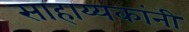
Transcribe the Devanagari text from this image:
साहाय्यकांनी